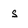
Character: s